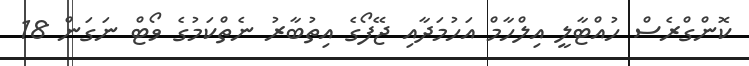
ކޮންގްރެސް ހުއްޓާލީ އިލްހާމް އަހުމަދާއި ޖޭފޯގެ އިތުބާރު ނެތްކަމުގެ ވޯޓް ނަގަން 18